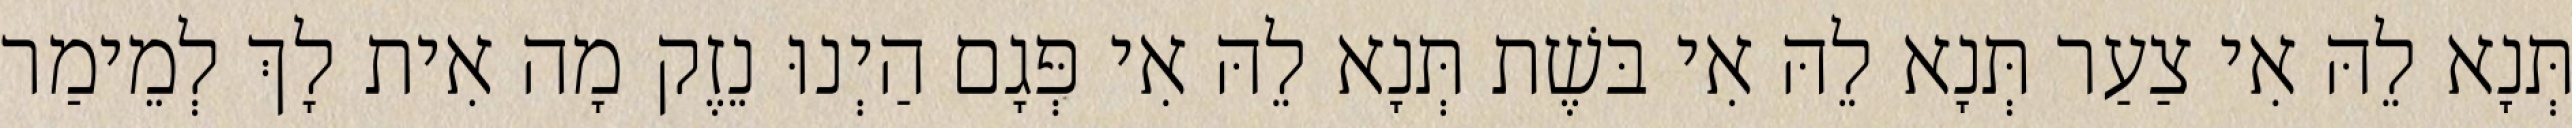
תְּנָא לֵהּ אִי צַעַר תְּנָא לֵהּ אִי בּשֶׁת תְּנָא לֵהּ אִי פְּגָם הַיְנוּ נֵזֶק מָה אִית לָךְ לְמֵימַר